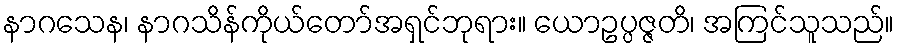
နာဂသေန၊ နာဂသိန်ကိုယ်တော်အရှင်ဘုရား။ ယောဥပ္ပဇ္ဇတိ၊ အကြင်သူသည်။